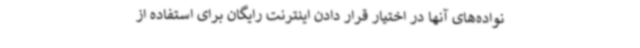
نواده‌های آنها در اختیار قرار دادن اینترنت رایگان برای استفاده از